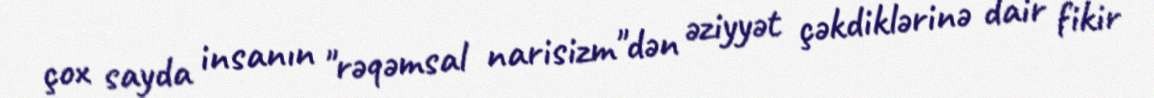
çox sayda insanın "rəqəmsal narisizm"dən əziyyət çəkdiklərinə dair fikir